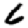
Digit: 6